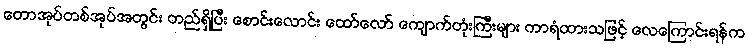
တောအုပ်တစ်အုပ်အတွင်း တည်ရှိပြီး စောင်းလောင်း ထော်လော် ကျောက်တုံးကြီးများ ကာရံထားသဖြင့် လေကြောင်းရန်က